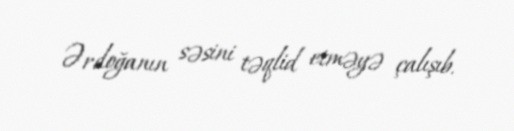
Ərdoğanın səsini təqlid etməyə çalışıb.